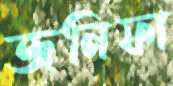
জনিফা